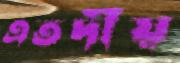
এতদীয়